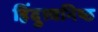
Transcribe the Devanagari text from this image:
हिंदुत्त्वनिष्ठ